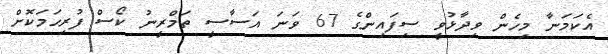
އެކަމަނާ މިހެން ވިދާޅުވީ ސިފައިންގެ 67 ވަނަ އަސާސީ ތަމްރީނު ކޯސް ފުރިހަމަކޮށް